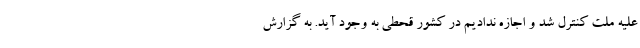
علیه ملت کنترل شد و اجازه ندادیم در کشور قحطی به وجود آید. به گزارش